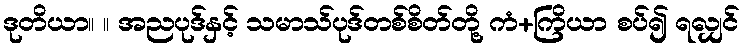
ဒုတိယာ။ ။ အညပုဒ်နှင့် သမာသ်ပုဒ်တစ်စိတ်တို့ ကံ+ကြိယာ စပ်၍ ရလျှင်